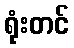
ရုံးတင်